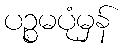
ပဉ္စမပုံမှန်